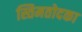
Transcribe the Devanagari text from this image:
स्तिमतोदका